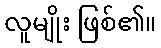
လူမျိုး ဖြစ်၏။